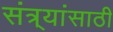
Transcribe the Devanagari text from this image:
संत्र्यांसाठी